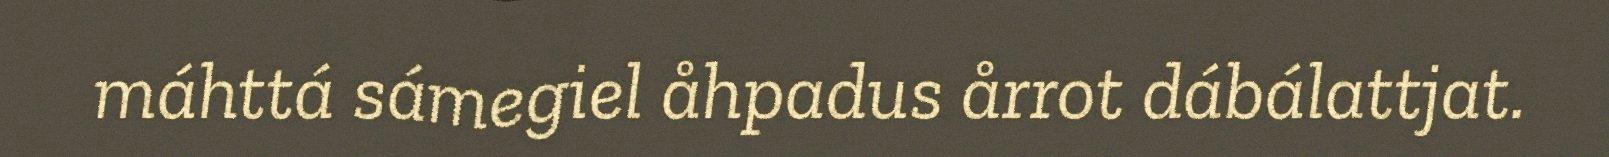
máhttá sámegiel åhpadus årrot dábálattjat.